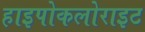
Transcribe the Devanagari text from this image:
हाइपोकलोराइट